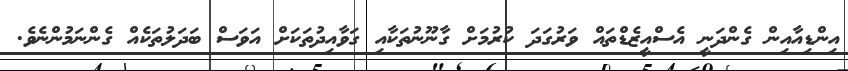
އިންޑިއާއިން ގެންދަނީ އެސްއީޒެޑްތައް ވަރުގަދަ ކުރުމަށް ގާނޫނުތަކާއި ގަވާއިދުތަކަށް އަވަސް ބަދަލުތަކެއް ގެންނަމުންނެވެ.